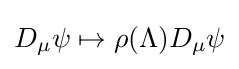
D_{\mu }\psi \mapsto \rho (\Lambda )D_{\mu }\psi